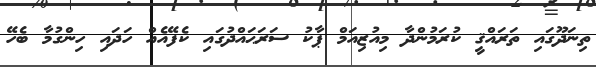
ތިނަދޫގައި ތަރައްޤީ ކުރަމުންދާ މިއުޒިއަމް ޕާކު ސަރަޙައްދުގައި ކެފޭއެއް ހަދައި ހިންގުމާ ބެހޭ